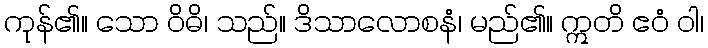
ကုန်၏။ သော ဝိဓိ၊ သည်။ ဒိသာလောစနံ၊ မည်၏။ ဣတိ ဧဝံ ဝါ၊